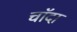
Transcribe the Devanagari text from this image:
चाॅदा